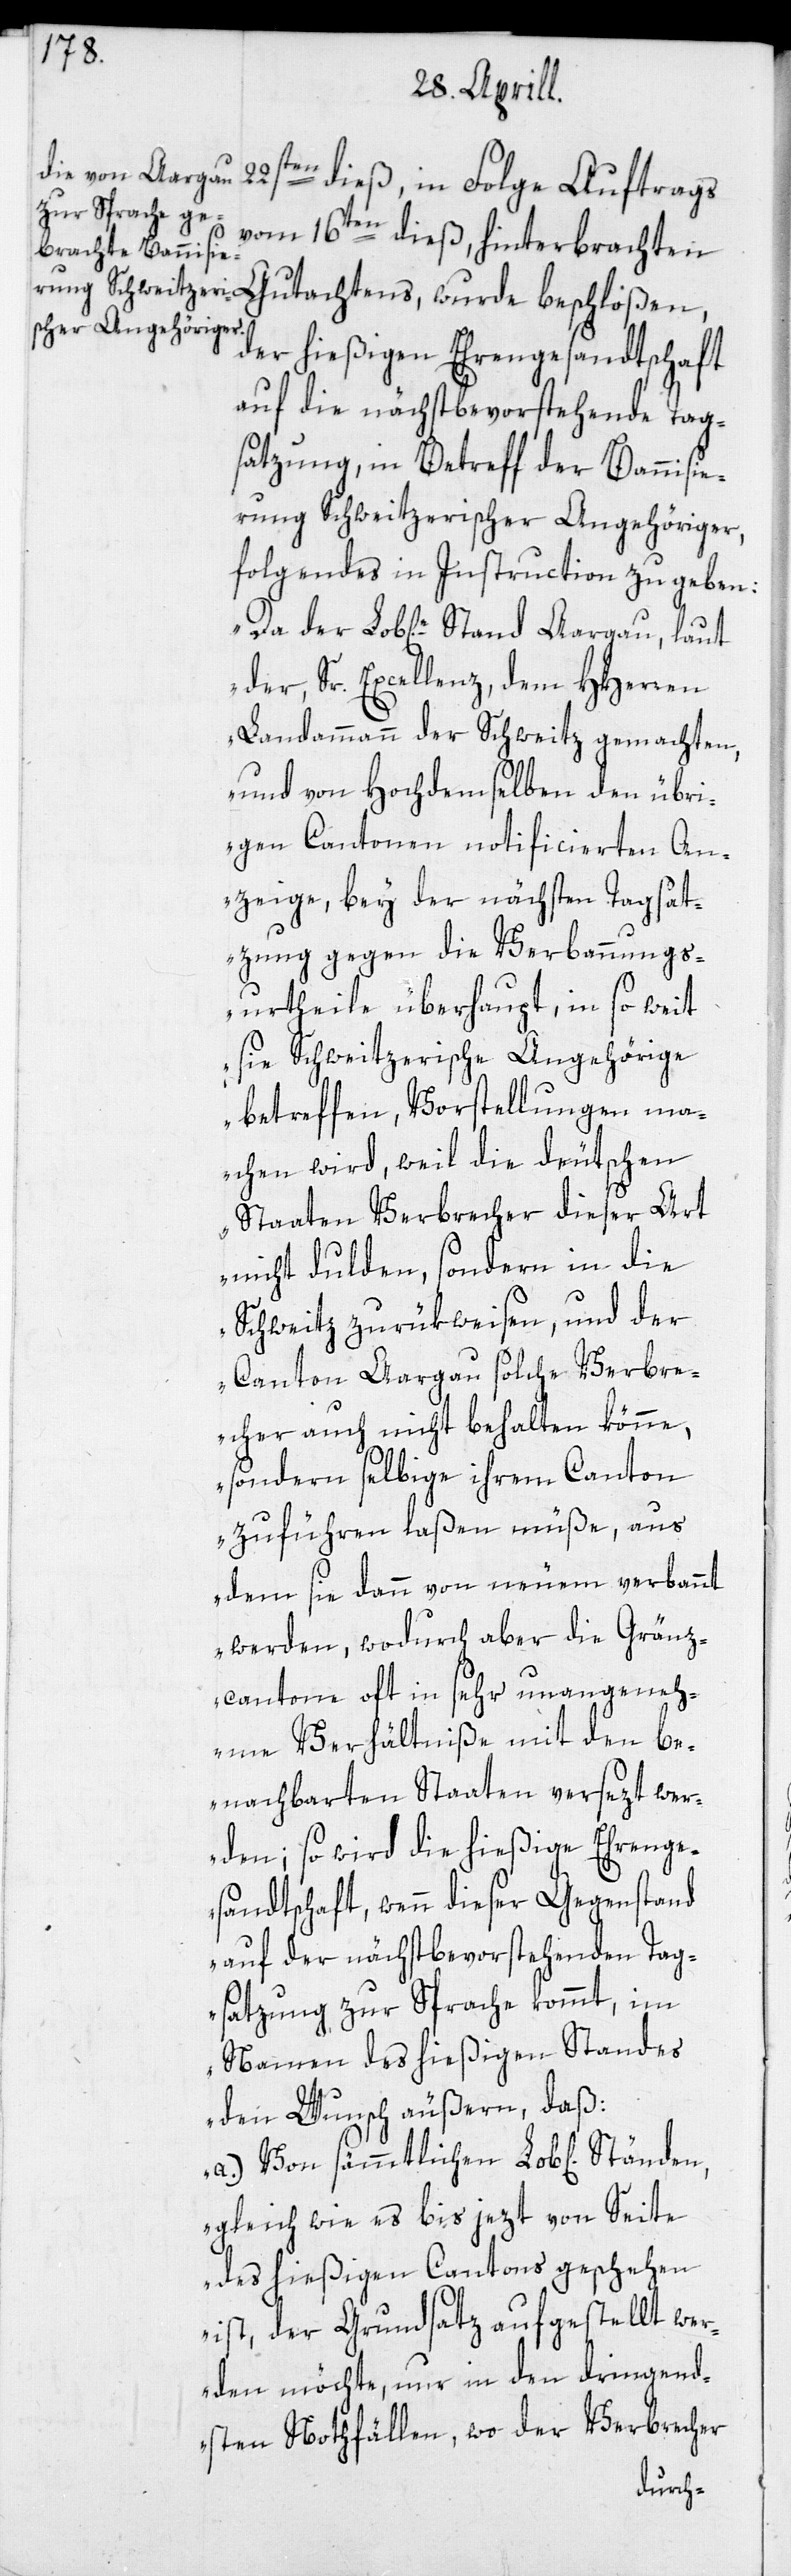
22sten dieß, in Folge Auftrags
vom 16ten dieß, hinterbrachten
Gutachtens, wurde beschloßen,
der hießigen Ehrengesandtschaft
auf die nächstbevorstehende Tag¬
satzung, in Betreff der Bannisie¬
rung Schweitzerischer Angehöriger,
folgendes in Instruction zu geben:
„Da der Lobl.e Stand Aargau, laut
der, Sr. Excellenz, dem HHerren
Landammann der Schweitz gemachten,
und von Hochdemselben den übri¬
gen Cantonen notificierten An¬
zeige, bey der nächsten Tagsat¬
zung gegen die Verbannungs¬
urtheile überhaupt, in so weit
sie Schweitzerische Angehörige
betreffen, Vorstellungen ma¬
chen wird, weil die deutschen
Staaten Verbrecher dieser Art
nicht dulden, sondern in die
Schweitz zurükweisen, und der
Canton Aargau solche Verbre¬
cher auch nicht behalten könne,
sondern selbige ihrem Canton
zuführen laßen müße, aus
dem sie dann von neuem verbannt
werden, wodurch aber die Gränz¬
cantone oft in sehr unangeneh¬
me Verhältniße mit den be¬
nachbarten Staaten versezt wer¬
den; so wird die hießige Ehrenge¬
sandtschaft, wenn dieser Gegenstand
auf der nächstbevorstehenden Tag¬
satzung zur Sprache kommt, im
Namen des hießigen Standes
den Wunsch äußern, daß:
a.) Von sämmtlichen Lob[lichen]
gleich wie es bis jezt von Seite
des hießigen Cantons geschehen
ist, der Grundsatz aufgestellt wer¬
den möchte, nur in den dringend¬
sten Nothfällen, wo der Verbrecher